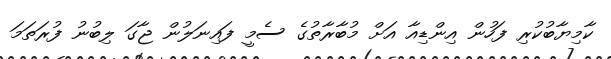
ކާމިޔާބުކުރި ފަހުން އިންޑިއާ އަށް މުބާރާތުގެ ސެމީ ފައިނަލުން ޖާގަ ލިބުނު ފުރަތަމަ